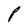
Character: P